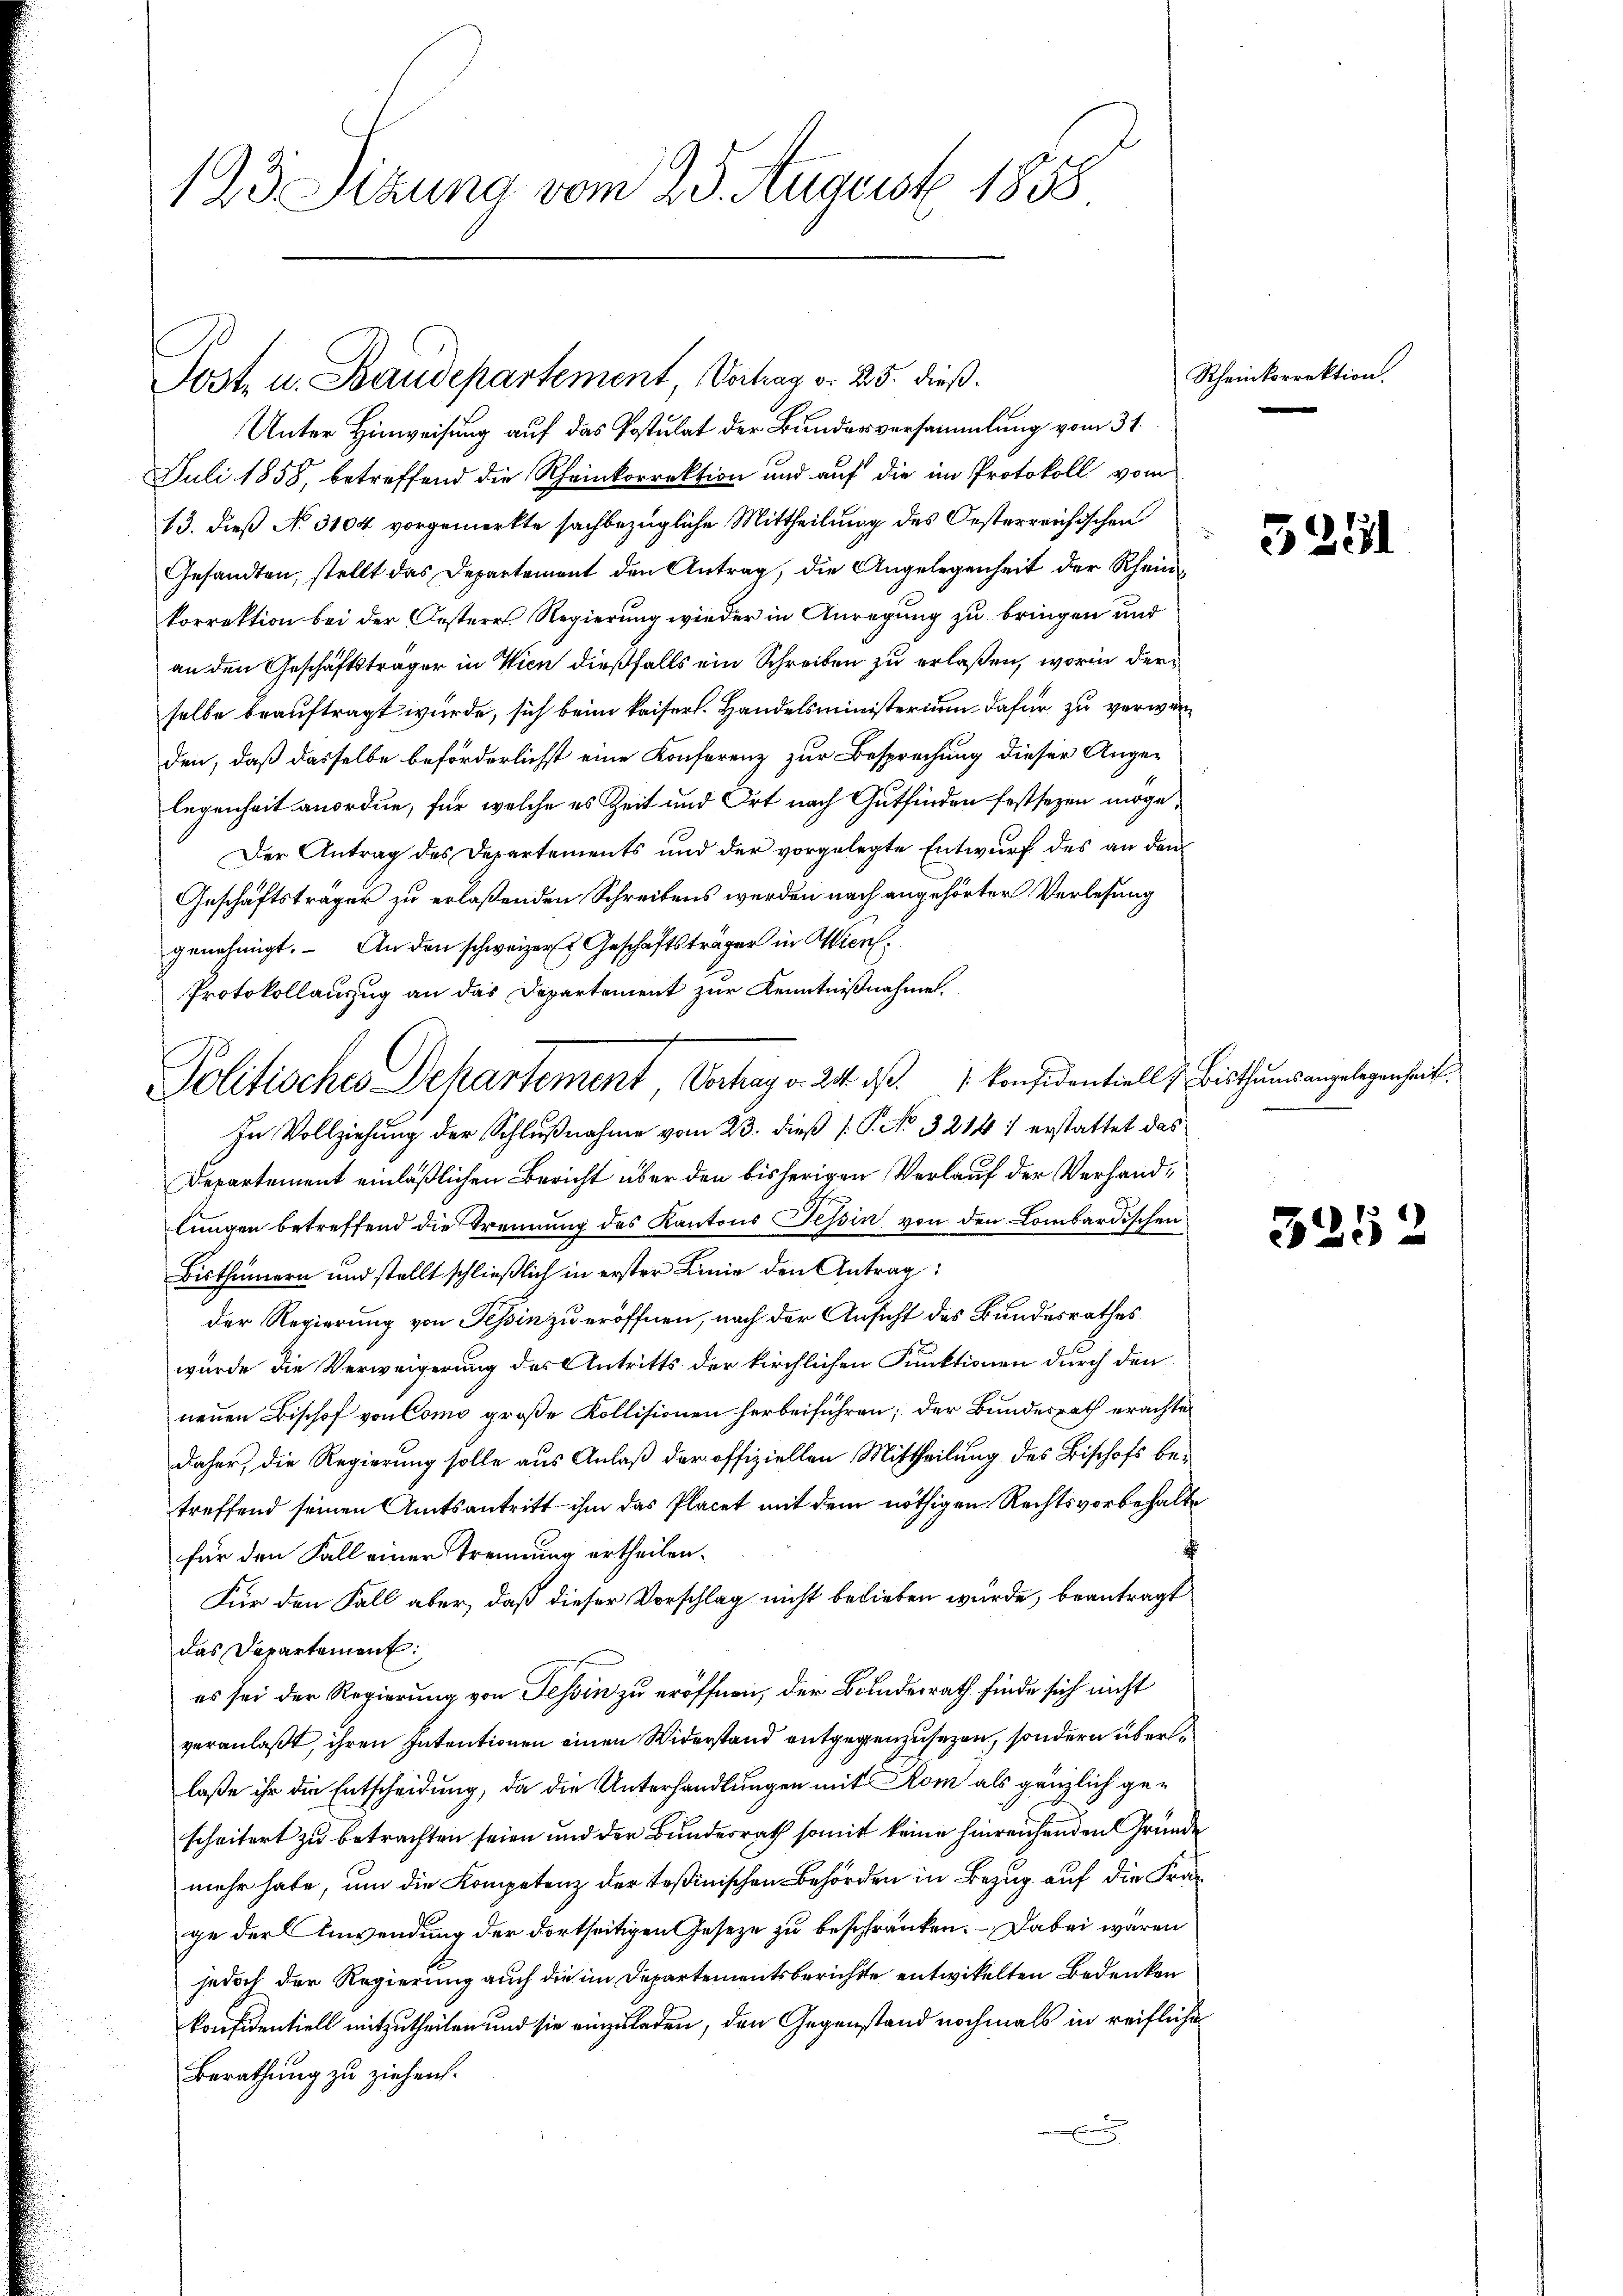
123 Sizung vom 25. August 1858

Jost u. Baudepartement Vortrag v. 25. dieß.

Unter Hinweisung auf das Postulat der Bunderversammlung vom 31.
Juli 1858, betreffend die Rheinkorrektion und auf die im Protokoll vom
13. dieß No. 3104 vorgemerkte sachbezügliche Mittheilung des Oesterreichischen
Gesandten, stellt das Departement den Antrag, die Angelegenheit der Rheinkorrektion bei der Oesterr. Regierung wieder in Anregung zu bringen und
an den Geschäftsträger in Wien dießfalls ein Schreiben zu erlaßen, worin derselbe beauftragt wurde, sich beim kaiserl. Handelsministerium dafür zu verwarden, daß dasselbe beförderlichst eine Konferenz zur Besprechung dieser Angelegenheit anordne, für welche es Zeit und Ort nach Gutfinden festsezen möge,
Der Antrag des Departements und der vorgelegte Entwurf des an den
Geschäftsträger zu erlaßenden Schreibens werden nach angehörter Verlesung
genehmigt. An den schweizer Geschäftsträger in Wien.
Protokollauszug an das Departement zur Kenntnißnahme.
Politisches Departement Vertrag v. 24. ds. konfidentiell z. Bisthumsangelegenheit
In Vollziehung der Schlußnahme vom 23. dieß P. No. 32141 erstattet das
Departement einläßlichen Bericht über den bisherigen Verlauf der Verhandlungen betreffend die Trennung des Kantons Tessin von den Lombardischen
Bisthümern und stellt schließlich in erster Linie den Antrag:
der Regierung von Tessin zu eröffnen, nach der Ansicht des Bundesrathes
wurde die Verweigerung des Antritts der kirchlichen Funktionen durch den
neuen Bischof von Como große Kollisionen herbeiführen; der Bundesrath erachten
daher, die Regierung solle aus Anlaß der offiziellen Mittheilung des Bischofs betreffend seinen Amtsantritt ihm das Placet mit dem nöthigen Rechtsvorbehalte
x
für den Fall einer Trennung ertheilen.
Für den Fall aber, daß dieser Vorschlag nicht belieben würde, beantragt
das Departement:
es sei der Regierung von Tessin zu eröffnen, der Bundesrath finde sich nicht
veranlaßt, ihren Intentionen einen Widerstand entgegenzusehen, sondern überlaße ihr die Entscheidung, da die Unterhandlungen mit Rom als gänzlich gescheitert zu betrachten seien und der Bundesrath somit keine hinreichenden Gründe
mehr habe, um die Kompetenz der Teßinischen Behörden in Bezug auf die Frage der Anwendung der dortseitigen Gesetze zu beschränken. – Dabei wären
jedoch der Regierung auch die im Departementsberichte entwickelten Bedenken
konfidentiell mitzutheilen und sie einzuladen, den Gegenstand nochmals in reifliche
Berathung zu ziehen.

Rheinkorrektion.

5211

5252